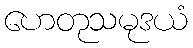
ဟေတုသမုဒယံ